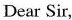
Dear Sir